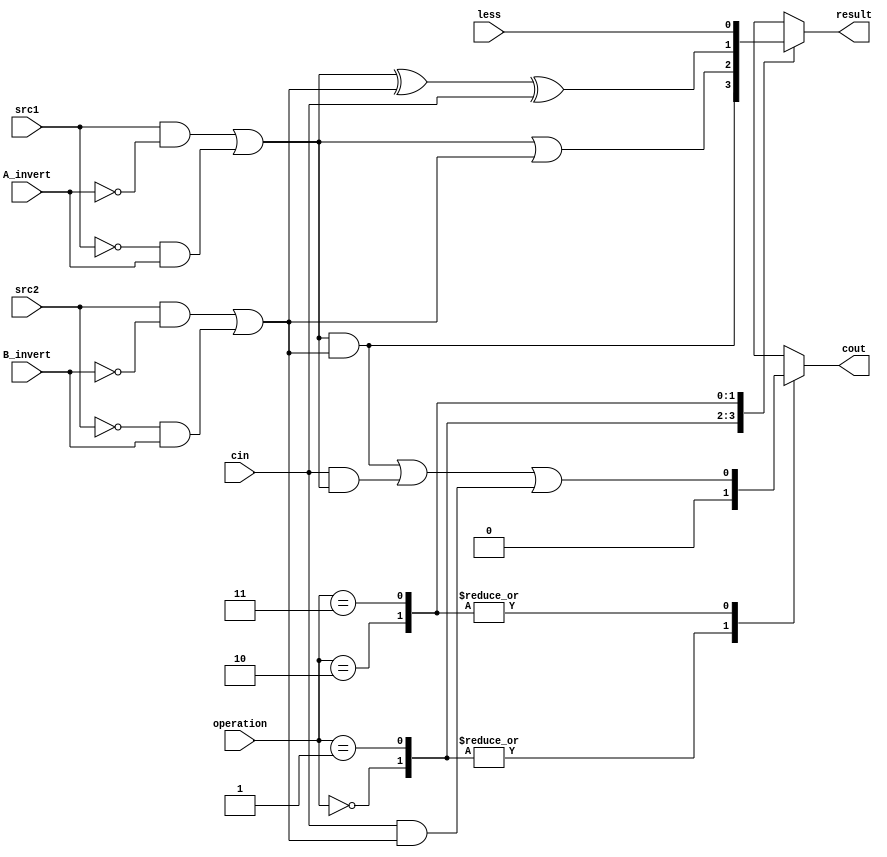
`timescale 1ns/1ps

//////////////////////////////////////////////////////////////////////////////////
// Company: 
// Engineer: 
// 
// Design Name: 
// Module Name:    alu_top 
// Project Name: 
// Target Devices: 
// Tool versions: 
// Description: 
//
// Dependencies: 
//
// Revision: 
// Revision 0.01 - File Created
// Additional Comments: 
//
//////////////////////////////////////////////////////////////////////////////////

module alu_top(
               src1,       //1 bit source 1 (input)
               src2,       //1 bit source 2 (input)
               less,       //1 bit less     (input)
               A_invert,   //1 bit A_invert (input)
               B_invert,   //1 bit B_invert (input)
               cin,        //1 bit carry in (input)
               operation,  //operation      (input)
               result,     //1 bit result   (output)
               cout       //1 bit carry out(output)
               );

input         src1;
input         src2;
input         less;
input         A_invert;
input         B_invert;
input         cin;
input [2-1:0] operation;

output        result;
output        cout;

reg           result;
reg			  cout;
reg   		  a, b;

always@(*)
begin
	a = ((src1) & (~A_invert)) | ((~src1) & (A_invert));
	b = ((src2) & (~B_invert)) | ((~src2) & (B_invert));
	
	case(operation[2-1:0])
	   2'b00: //AND
	   begin
	       result = a & b;
		   cout = 0;
	   end
	   2'b01: //OR
	   begin
	       result = a | b;
		   cout = 0;
	   end
	   2'b10: //ADD
	   begin
	       result =  a ^ b ^ cin;
		   cout = (a & b) | (cin & a) | (cin & b);
	   end
	   2'b11: //SLT
	   begin
	       result = less;
		   cout = (a & b) | (cin & a) | (cin & b);
	   end
    endcase
end

endmodule